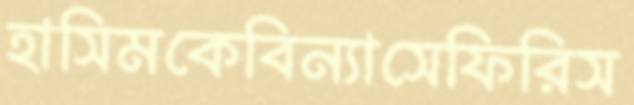
হাসিমকেবিন্যাসেফিরিস